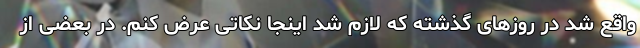
واقع شد در روزهای گذشته که لازم شد اینجا نکاتی عرض کنم. در بعضی از